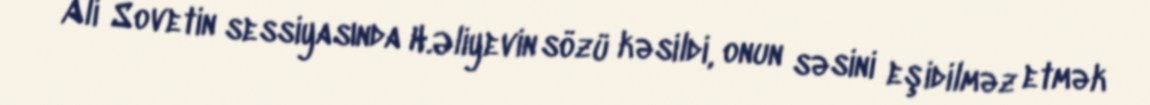
Ali Sovetin sessiyasında H.Əliyevin sözü kəsildi, onun səsini eşidilməz etmək